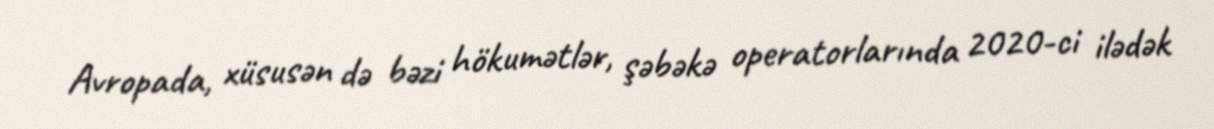
Avropada, xüsusən də bəzi hökumətlər, şəbəkə operatorlarında 2020-ci ilədək